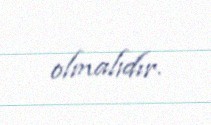
olmalıdır.